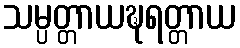
သမ္ပတ္တာယဍ္ဎရတ္တာယ